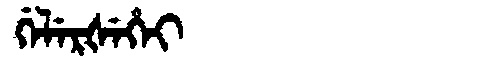
Manchu: ᡤᡝᠯᡝᡵᡧᡝᡥᡝᡳ
Romanization: GELERŠEHEI